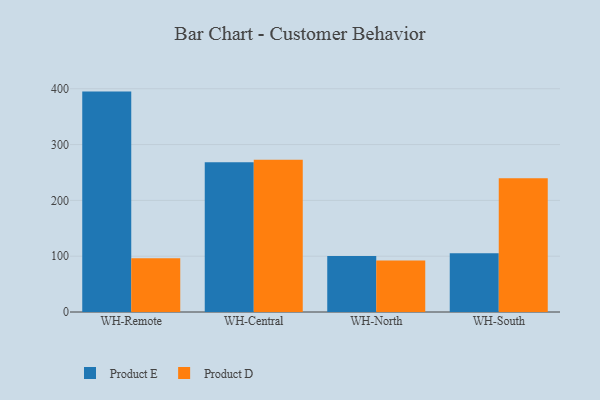
{"axis": {"x": "Warehouse", "y": "Customer Acquisition Cost (USD)"}, "legend": ["Product D", "Product E"], "data": [{"x": "WH-Remote", "y": 394.9, "type": "Product E"}, {"x": "WH-Remote", "y": 96.4, "type": "Product D"}, {"x": "WH-Central", "y": 268.3, "type": "Product E"}, {"x": "WH-Central", "y": 273.0, "type": "Product D"}, {"x": "WH-North", "y": 100.2, "type": "Product E"}, {"x": "WH-North", "y": 92.2, "type": "Product D"}, {"x": "WH-South", "y": 105.1, "type": "Product E"}, {"x": "WH-South", "y": 239.5, "type": "Product D"}]}